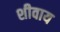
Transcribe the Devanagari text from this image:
शीवाय